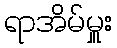
ရာအိမ်မှူး